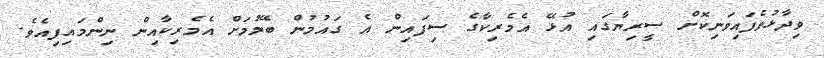
ވިދާޅުވެފައިވަނިކޮށް ސީރިޔާގައި އުޅޭ އެމެރިކާގެ ސިފައިން އެ ގައުމުން ބޭލުމަށް އެމެރިކާއިން ނިންމައިފިއެވެ.